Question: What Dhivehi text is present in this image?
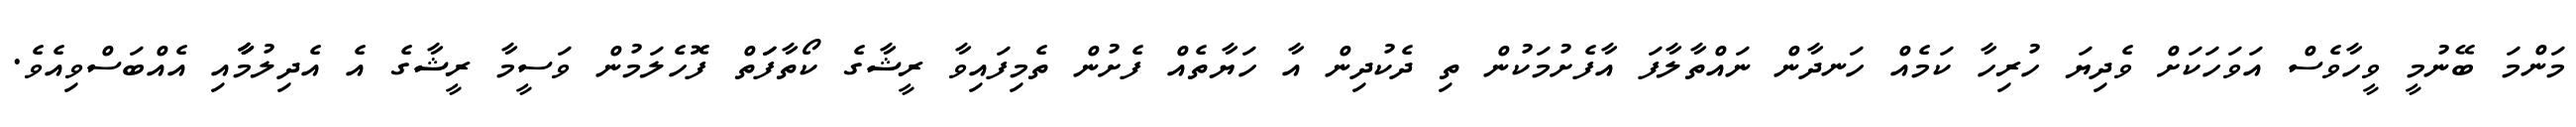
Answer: މަންމަ ބޭނުމީ ވީހާވެސް އަވަހަކަށް ވެދިޔަ ހުރިހާ ކަމެއް ހަނދާން ނައްތާލާފަ އާފެށުމަކުން ތި ދެކުދިން އާ ހަޔާތެއް ފެށުން ތެމިފައިވާ ރީޝާގެ ކޯތާފަަތް ފޮހެލަމުން ވަސީމާ ރީޝާގެ އެ އެދިލުމާާާއި އެއްބަސްވިއެވެ.